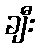
ချီး